Indian journal of veterinary science and animal husbandry - Volumes 18-21, 1948-1951
Year: 1948
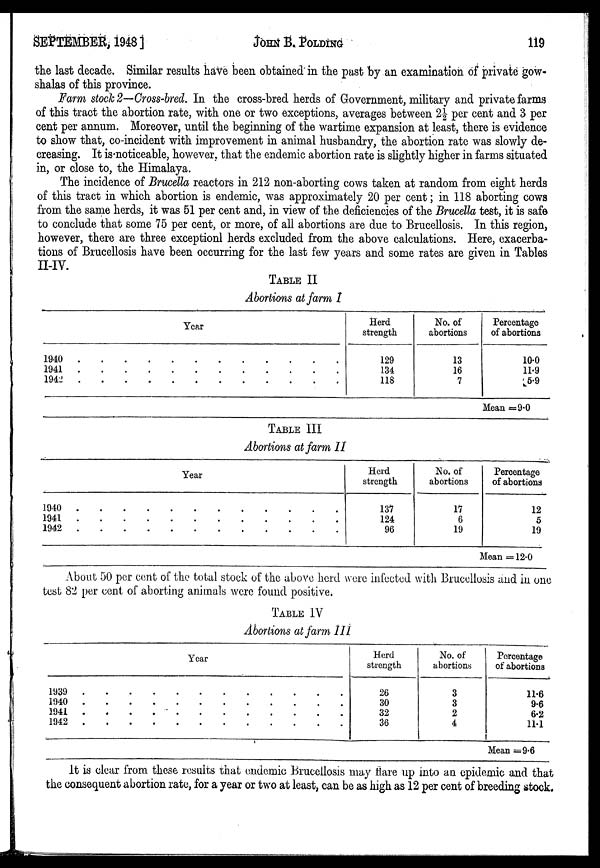
SEPTEMBER, 1948 ]
JOHN
B.
POLDING
119
the last decade. Similar results have been obtained in the past by an examination of private gow¬
shalas of this province.
Farm stock 2—Cross-bred. In the cross-bred herds of Government, military and private farms
of this tract the abortion rate, with one or two exceptions, averages between 2½ per cent and 3 per
cent per annum. Moreover, until the beginning of the wartime expansion at least, there is evidence
to show that, co-incident with improvement in animal husbandry, the abortion rate was slowly de-
creasing. It is noticeable, however, that the endemic abortion rate is slightly higher in farms situated
in, or close to, the Himalaya.
The incidence of Brucella reactors in 212 non-aborting cows taken at random from eight herds
of this tract in which abortion is endemic, was approximately 20 per cent; in 118 aborting cows
from the same herds, it was 51 per cent and, in view of the deficiencies of the Brucella test, it is safe
to conclude that some 75 per cent, or more, of all abortions are due to Brucellosis. In this region,
however, there are three exceptionl herds excluded from the above calculations. Here, exacerba-
tions of Brucellosis have been occurring for the last few years and some rates are given in Tables
II-IV.
TABLE II
Abortions at farm I
Year
1940
.
.
.
.
.
.
.
.
.
.
.
.
1941
.
.
.
.
.
.
.
.
.
.
.
.
1942 . . . . . . . . . . . .
Herd
strength
129
134
118
No. of
abortions
13
16
7
Percentage
of abortions
10.0
11.9
5.9
Mean =9.0
TABLE III
Abortions at farm 11
Year
1940 . . . . . . . . . . . .
1941
.
.
.
.
.
.
.
.
.
.
.
.
1942 . . . . . . . . . . . .
Herd
strength
137
124
96
No. of
abortions
17
6
19
Percentage
of abortions
12
5
19
Mean = 12.0
About 50 per cent of the total stock of the above herd were infected with Brucellosis and in one
test 82 per cent of aborting animals were found positive.
TABLE IV
Abortions at farm III
Year
1939 . . . . . . . . . . . .
1940 . . . . . . . . . . . .
1941 . . . . . . . . . . . .
1942 . . . . . . . . . . . .
Herd
strength
26
30
32
36
No. of
abortions
3
3
2
4
Percentage
of abortions
11.6
9.6
6.2
11.1
Mean =9.6
It is clear from these results that endemic Brucellosis may flare up into an epidemic and that
the consequent abortion rate, for a year or two at least, can be as high as 12 per cent of breeding stock.